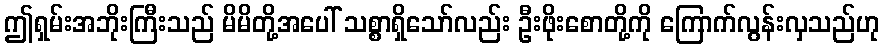
ဤရှမ်းအဘိုးကြီးသည် မိမိတို့အပေါ် သစ္စာရှိသော်လည်း ဦးဖိုးစောတို့ကို ကြောက်လွန်းလှသည်ဟု